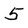
Character: 5